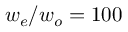
{ w _ { e } / w _ { o } = 1 0 0 }